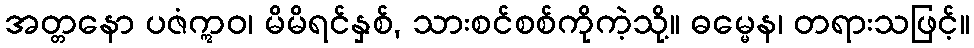
အတ္တနော ပဇံဣဝ၊ မိမိရင်နှစ်, သားစင်စစ်ကိုကဲ့သို့။ ဓမ္မေန၊ တရားသဖြင့်။